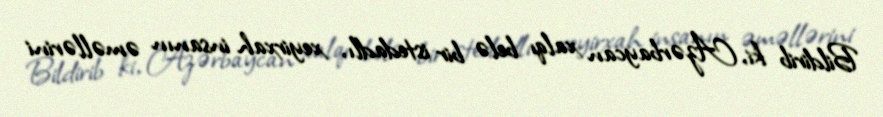
Bildirib ki, Azərbaycan xalqı belə bir istedadlı, xeyirxah insanın əməllərini